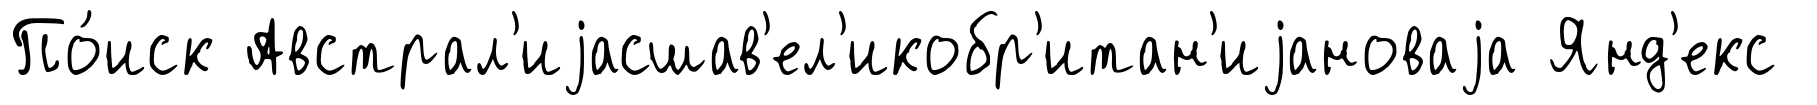
По́иск Австрал'иjасшав'ел'икобр'итан'иjановаjа Янд'екс